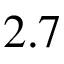
2 . 7